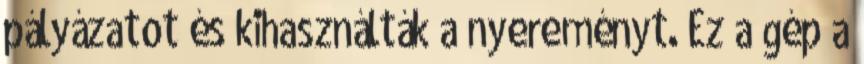
pályázatot és kihasználták a nyereményt. Ez a gép a